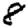
Digit: 8